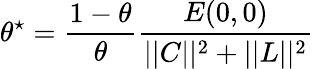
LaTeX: \theta^{\star}=\frac{1-\theta}{\theta}\frac{E(0,0)}{||C||^{2}+||L||^{2}}